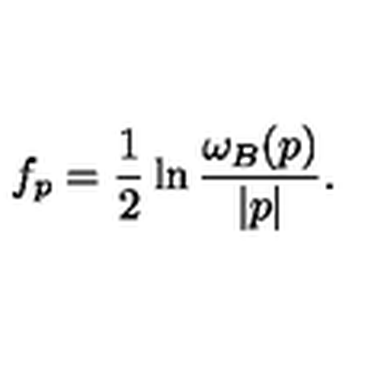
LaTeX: f _ { p } = { \frac { 1 } { 2 } } \ln { \frac { \omega _ { B } ( p ) } { | p | } } .